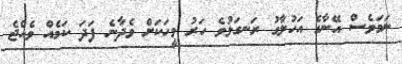
ނަމަވެސް އޭނާގެ އަހުލާގު ރަނގަޅުވެ ހަރު މީހަކަށް ވެދާނެ ފަދަ ކަމެއް ވެއްޖެ